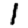
Digit: 1